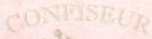
CONFISEUR